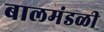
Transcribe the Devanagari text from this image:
बालमंडळी